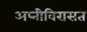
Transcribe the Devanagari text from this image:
अप्नीविरासत